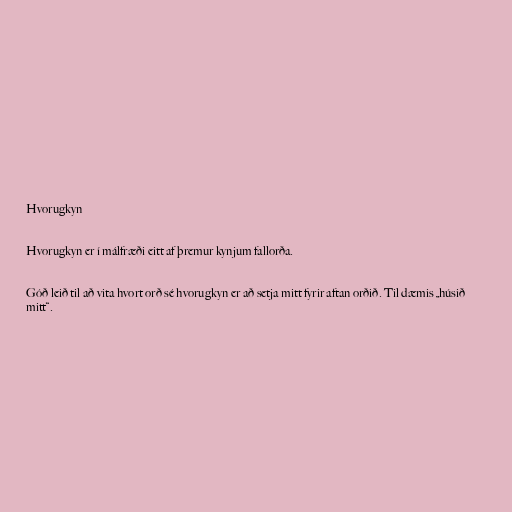
Hvorugkyn

Hvorugkyn er í málfræði eitt af þremur kynjum fallorða.

Góð leið til að vita hvort orð sé hvorugkyn er að setja mitt fyrir aftan orðið. Til dæmis „húsið
mitt“.